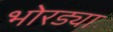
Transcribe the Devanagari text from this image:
भोरड्या